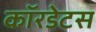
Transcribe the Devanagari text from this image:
कॉरडेटस